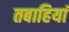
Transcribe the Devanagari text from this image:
तबाहियां